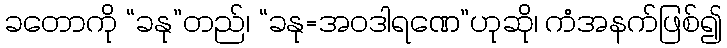
ခတောကို “ခနု”တည်၊ “ခနု=အဝဒါရဏေ”ဟုဆို၊ ကံအနက်ဖြစ်၍